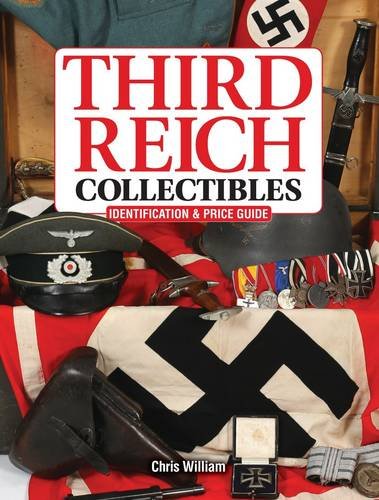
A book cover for Third Reich Collectibles: Identification and Price Guide; Chris William; Crafts, Hobbies & Home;